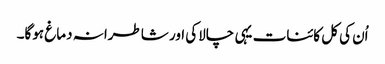
اُن کی کل کائنات یہی چالاکی اور شاطرانہ دماغ ہوگا۔